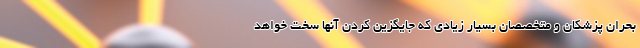
بحران پزشکان و متخصصان بسیار زیادی که جایگزین کردن آنها سخت خواهد